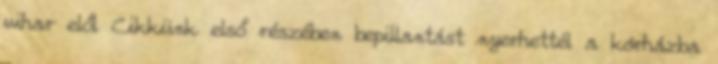
vihar elől Cikkünk első részében bepillantást nyerhettél a kórházba